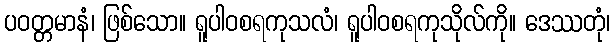
ပဝတ္တမာနံ၊ ဖြစ်သော။ ရူပါဝစရကုသလံ၊ ရူပါဝစရကုသိုလ်ကို။ ဒေဿတုံ၊